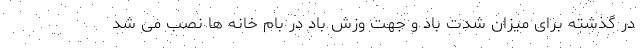
در گذشته برای میزان شدت باد و جهت وزش باد در بام خانه ها نصب می شد